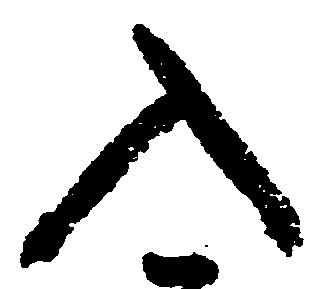
入